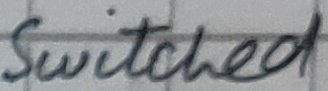
Text: Switched